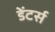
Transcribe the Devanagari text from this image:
डेंटर्स